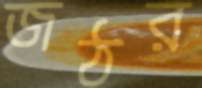
জঠর